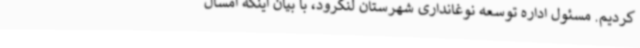
کردیم. مسئول اداره توسعه نوغانداری شهرستان لنگرود، با بیان اینکه امسال